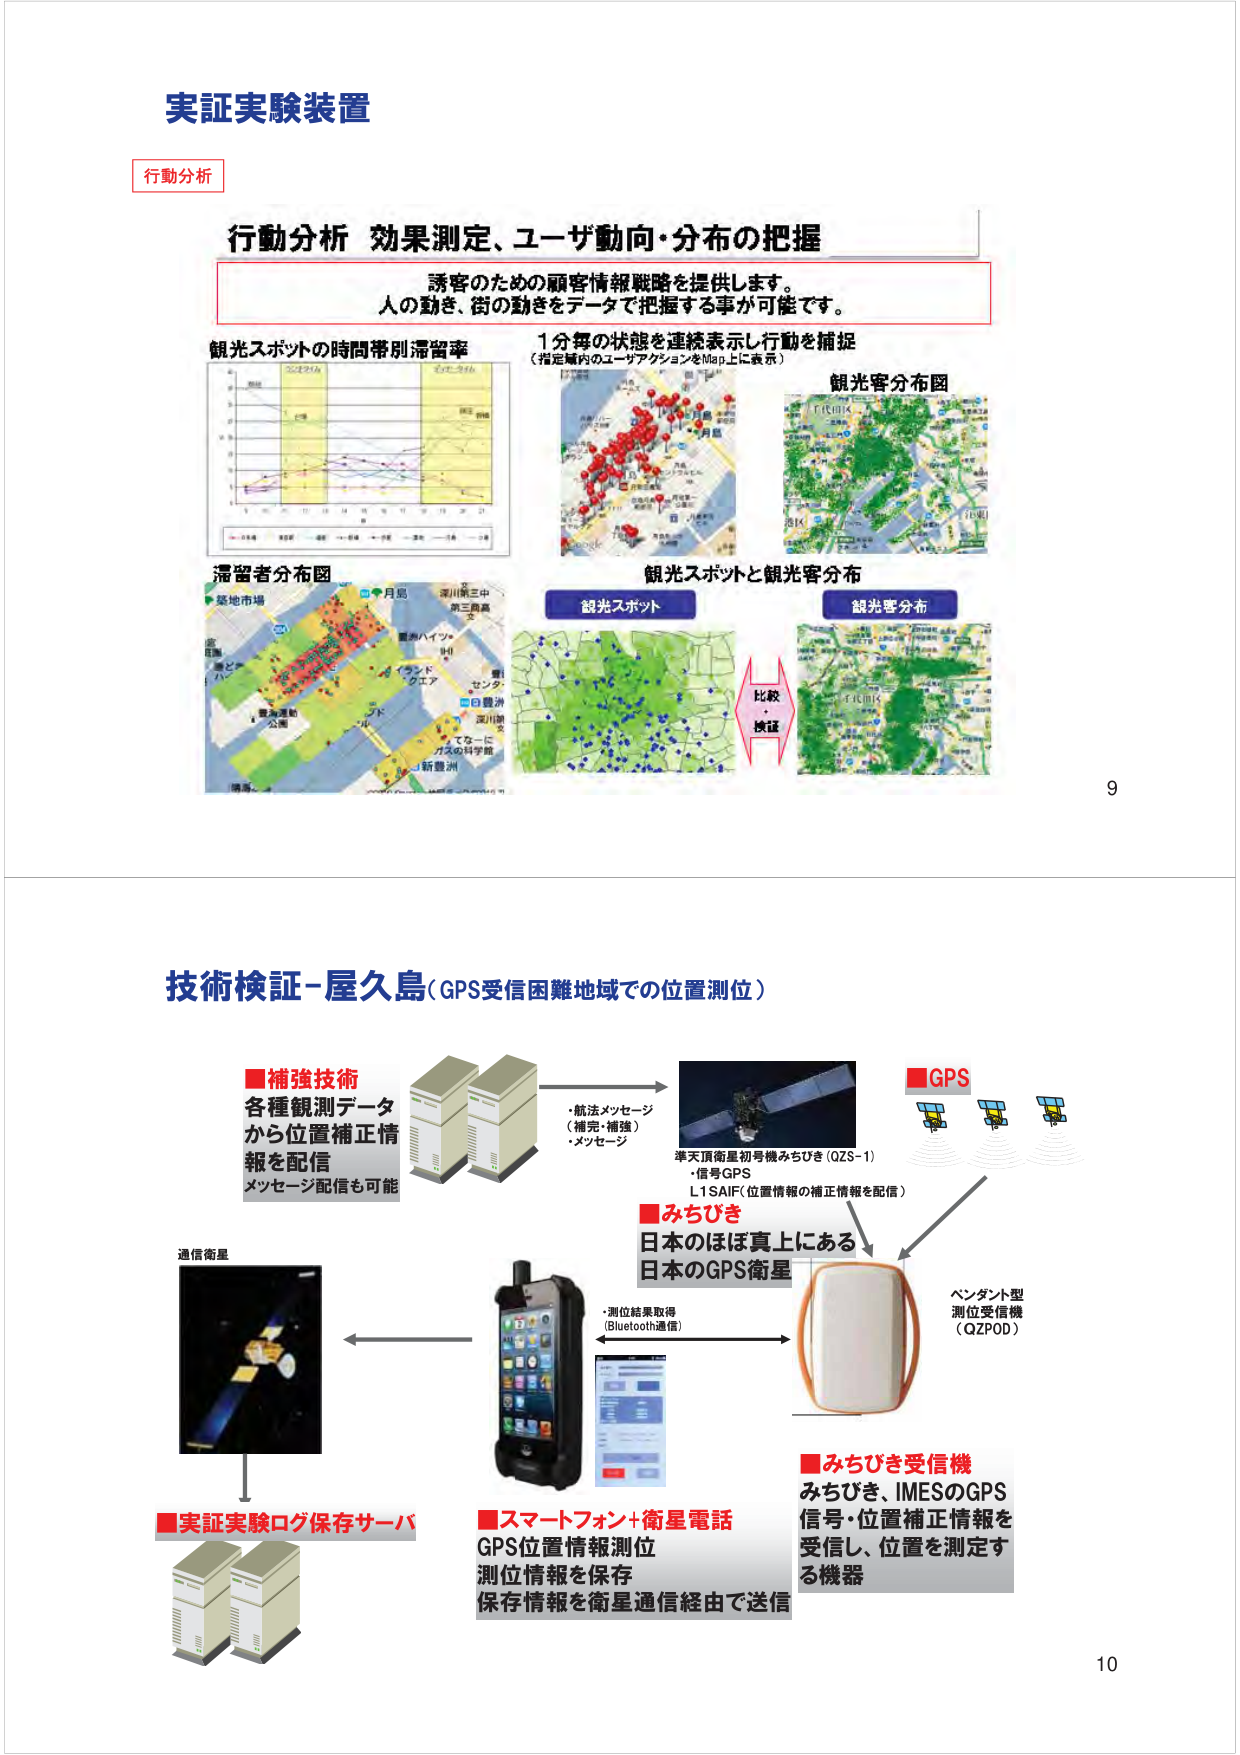
実証実験装置

行動分析

行動分析 効果測定、ユーザ動向・分布の把握

誘客のための顧客情報戦略を提供します。
人の動き、街の動きをデータで把握する事が可能です。

観光スポットの時間帯別滞留率
1分毎の状態を連続表示し行動を捕捉
（指定域内のユーザアクションをMap上に表示）

観光客分布図

滞留者分布図

観光スポットと観光客分布

観光スポット
観光客分布

比較
検証

9

技術検証-屋久島（GPS受信困難地域での位置測位）

■補強技術
各種観測データ
から位置補正情
報を配信
メッセージ配信も可能

■GPS
準天頂衛星初号機みちびき（QZS-1）
・信号GPS
L1SAIF（位置情報の補正情報を配信）

■みちびき
日本のほぼ真上にある
日本のGPS衛星

■みちびき受信機
みちびき、IMESのGPS
信号・位置補正情報を
受信し、位置を測定す
る機器

■スマートフォン+衛星電話
GPS位置情報測位
測位情報を保存
保存情報を衛星通信経由で送信

■実証実験ログ保存サーバ

通信衛星

・航法メッセージ
（補完・補強）
・メッセージ

・測位結果取得
（Bluetooth通信）

ペンダント型
測位受信機
（QZPOD）

10